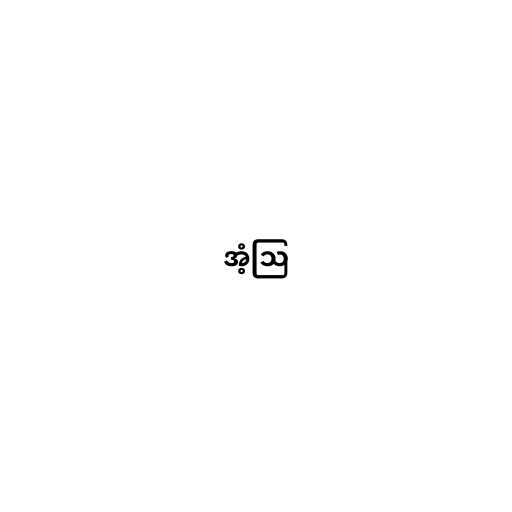
အံ့ဩ